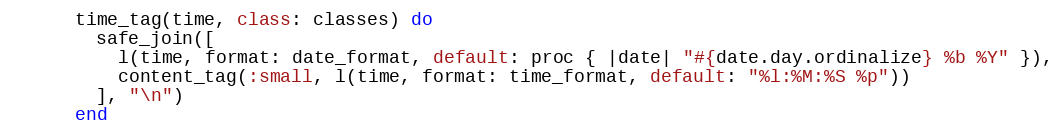
Language: Ruby
      time_tag(time, class: classes) do
        safe_join([
          l(time, format: date_format, default: proc { |date| "#{date.day.ordinalize} %b %Y" }),
          content_tag(:small, l(time, format: time_format, default: "%l:%M:%S %p"))
        ], "\n")
      end